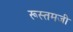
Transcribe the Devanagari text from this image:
रूस्‍तमजी